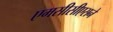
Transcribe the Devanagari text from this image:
एमसीसीएसने